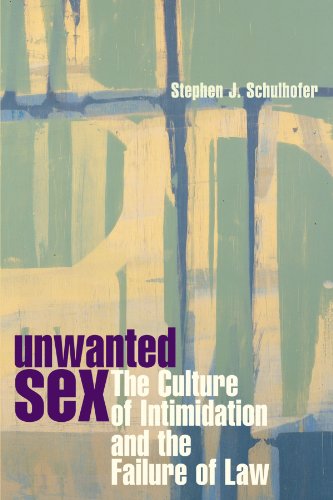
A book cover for Unwanted Sex: The Culture of Intimidation and the Failure of Law; Stephen J. Schulhofer; Law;